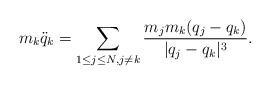
LaTeX: \begin{align*}m_k \ddot{q}_k =\sum_{1 \leq j \leq N, j \neq k} \frac{m_jm_k(q_j-q_k)}{|q_j-q_k|^{3}}.\end{align*}